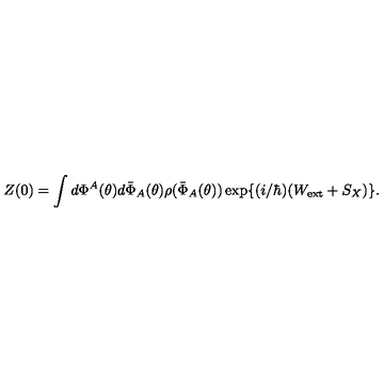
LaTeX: Z ( 0 ) = \int d \Phi ^ { A } ( \theta ) d \bar { \Phi } _ { A } ( \theta ) \rho ( \bar { \Phi } _ { A } ( \theta ) ) \exp \{ ( i / \hbar ) ( W _ { \mathrm { e x t } } + S _ { X } ) \} .